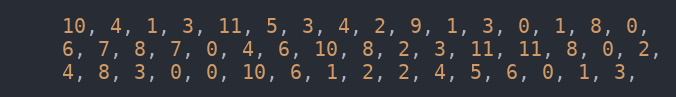
Language: C
    10, 4, 1, 3, 11, 5, 3, 4, 2, 9, 1, 3, 0, 1, 8, 0,
    6, 7, 8, 7, 0, 4, 6, 10, 8, 2, 3, 11, 11, 8, 0, 2,
    4, 8, 3, 0, 0, 10, 6, 1, 2, 2, 4, 5, 6, 0, 1, 3,